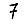
Digit: 7